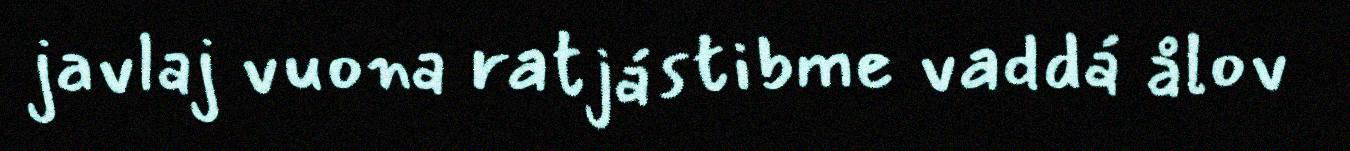
javlaj vuona ratjástibme vaddá ålov